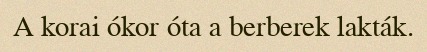
A korai ókor óta a berberek lakták.